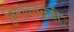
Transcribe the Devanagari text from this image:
विमानतळेही